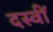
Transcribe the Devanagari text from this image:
दस्वीं